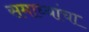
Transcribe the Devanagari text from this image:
समाध्यांचा